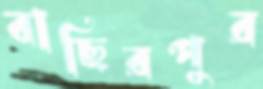
বাছিরপুর